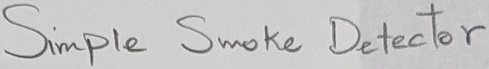
Text: Simple Smoke Detector